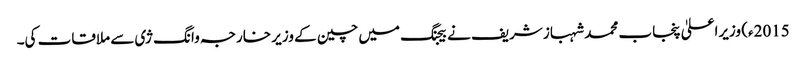
2015ء) وزیراعلیٰ پنجاب محمد شہباز شریف نے بیجنگ میں چین کے وزیر خارجہ وانگ ژی سے ملاقات کی۔